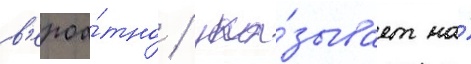
в'ероа́тно / ука́зывает на́